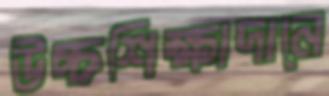
উচ্চশিক্ষাদানে